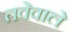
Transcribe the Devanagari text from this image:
तवेवाले